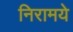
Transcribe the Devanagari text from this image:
निरामये